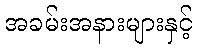
အခမ်းအနားများနှင့်